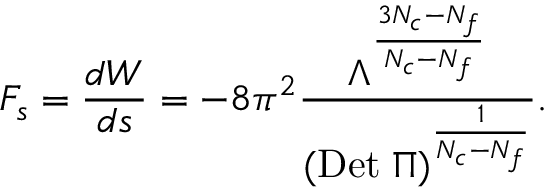
F _ { s } = { \frac { d W } { d s } } = - 8 \pi ^ { 2 } { \frac { \Lambda ^ { { \frac { 3 N _ { c } - N _ { f } } { N _ { c } - N _ { f } } } } } { ( \mathrm { D e t } \; \Pi ) ^ { { \frac { 1 } { N _ { c } - N _ { f } } } } } } .